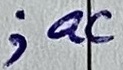
Text: ;ac